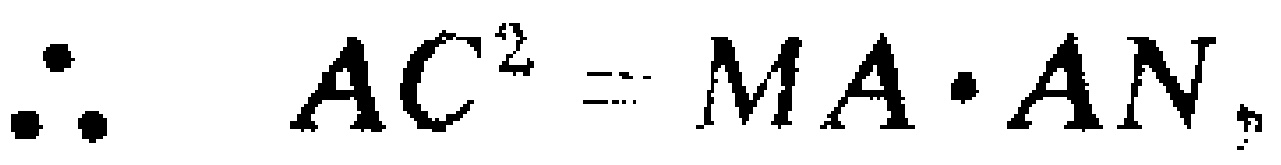
\(\therefore AC^{2}=MA\cdot AN\)